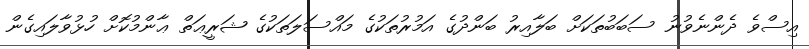
އިސްވެ ދެންނެވުނު ސަބަބުތަކަށް ބަލާއިރު ބަންދުގެ އަމުރުތަކުގެ މައްސަލަތަކުގެ ޝަރީޢަތް ޢާންމުކޮށް ހުޅުވާލައިގެން